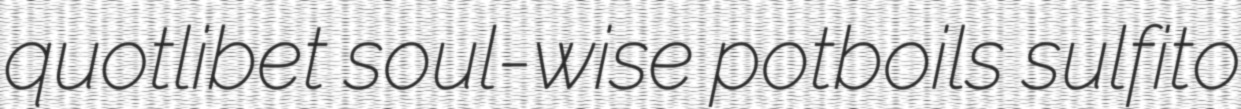
quotlibet soul-wise potboils sulfito